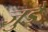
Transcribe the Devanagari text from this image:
जुडै